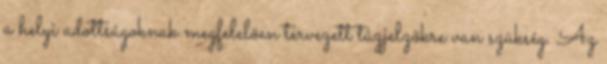
a helyi adottságoknak megfelelõen tervezett tûzjelzõkre van szükség. Az